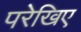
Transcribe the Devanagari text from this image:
परेखिए